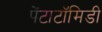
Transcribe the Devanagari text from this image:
पेंटाटॉमिडी